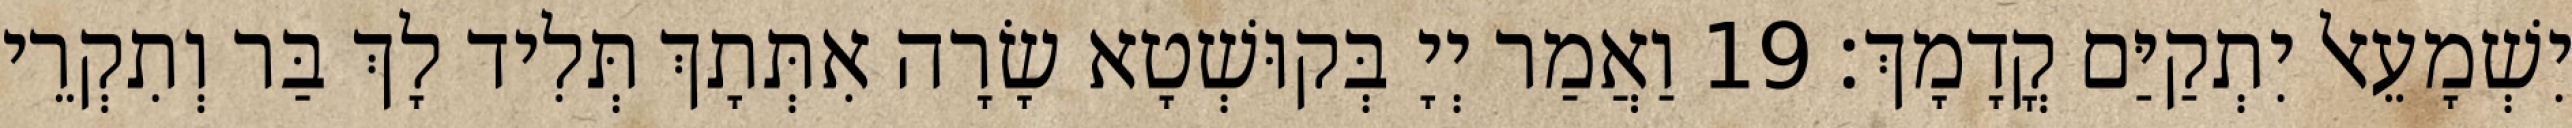
יִשְׁמָעֵאל יִתְקַיַּם קֳדָמָךְ׃ 19 וַאֲמַר יְיָ בְּקוּשְׁטָא שָׂרָה אִתְּתָךְ תְּלִיד לָךְ בַּר וְתִקְרֵי